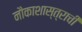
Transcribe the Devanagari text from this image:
नौकाशास्त्राची